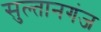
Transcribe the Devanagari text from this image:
सुल्‍तानगंज